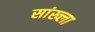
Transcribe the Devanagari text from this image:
सांख्ला